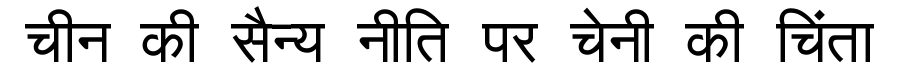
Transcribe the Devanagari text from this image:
चीन की सैन्य नीति पर चेनी की चिंता